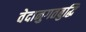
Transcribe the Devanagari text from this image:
वेदानुगतबुद्धि